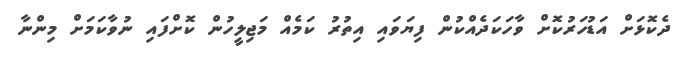
ދެކޮޅަށް އަޑުހަރުކޮށް ވާހަކަދެއްކުން ފިޔަވައި އިތުރު ކަމެއް މަޖިލީހުން ކޮށްފައި ނުވާކަމަށް މިންނާ